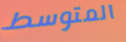
المتوسط